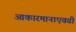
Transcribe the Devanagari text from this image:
आकारमानाएवढी